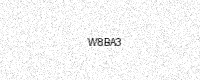
Text: W8BA3